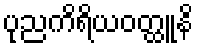
ပုညကိရိယဝတ္ထူနိ